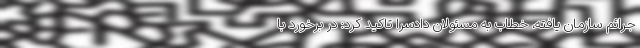
جرائم سازمان یافته، خطاب به مسئولان دادسرا تاکید کرد: در برخورد با